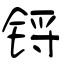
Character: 锊